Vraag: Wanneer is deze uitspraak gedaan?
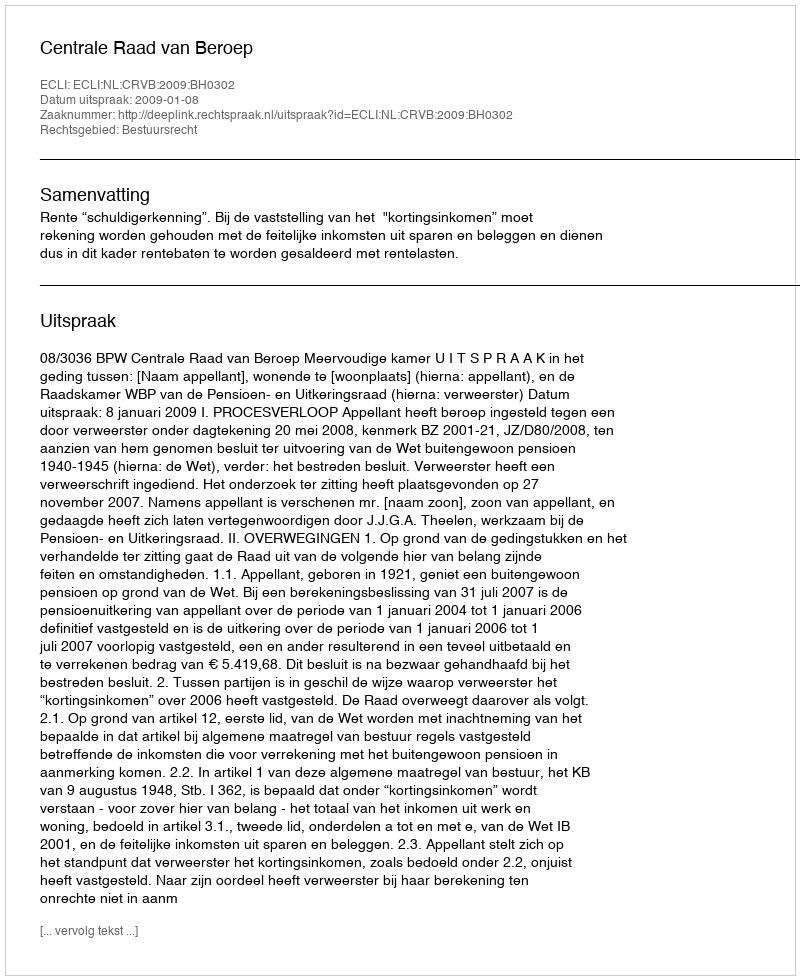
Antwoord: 2009-01-08